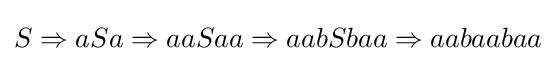
S\Rightarrow aSa\Rightarrow aaSaa\Rightarrow aabSbaa\Rightarrow aabaabaa